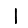
Digit: 1